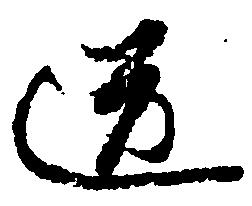
道